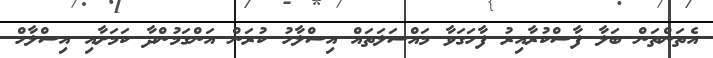
އެތަންތަން ބަލާ ފާސްކުރާއިރު ފާހަގަވާ މައްސަލަތައް އިސްލާހު ކުރަން އަންގަމުންދާ ކަމަށާއި އިސްލާހް